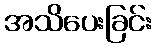
အသိပေးခြင်း